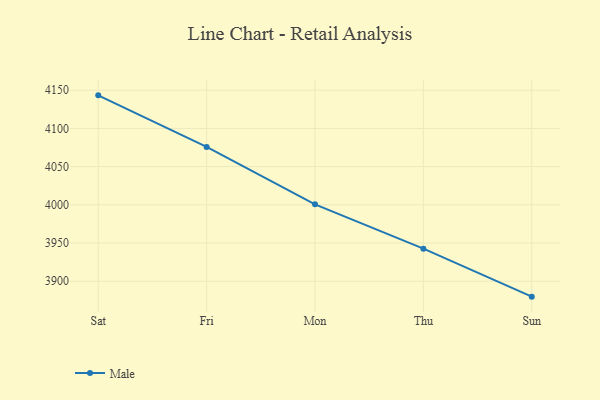
{"axis": {"x": "Day", "y": "Page Views"}, "legend": ["Male"], "data": [{"x": "Sat", "y": 4143.3, "type": "Male"}, {"x": "Fri", "y": 4075.8, "type": "Male"}, {"x": "Mon", "y": 4000.6, "type": "Male"}, {"x": "Thu", "y": 3942.6, "type": "Male"}, {"x": "Sun", "y": 3879.8, "type": "Male"}]}